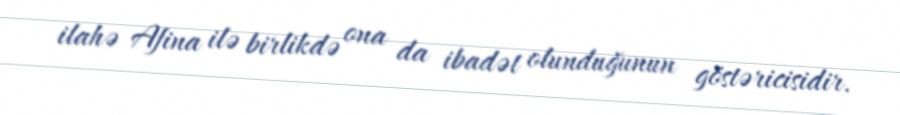
ilahə Afina ilə birlikdə ona da ibadət olunduğunun göstəricisidir.